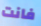
فانت